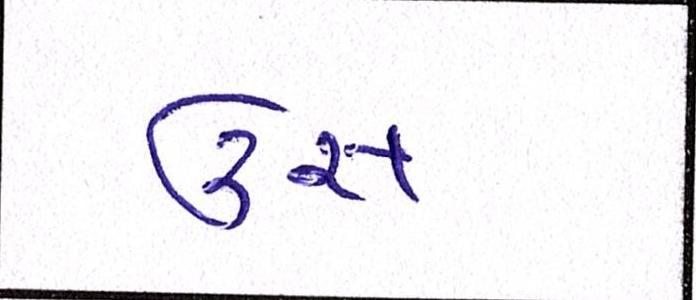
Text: ઉસ